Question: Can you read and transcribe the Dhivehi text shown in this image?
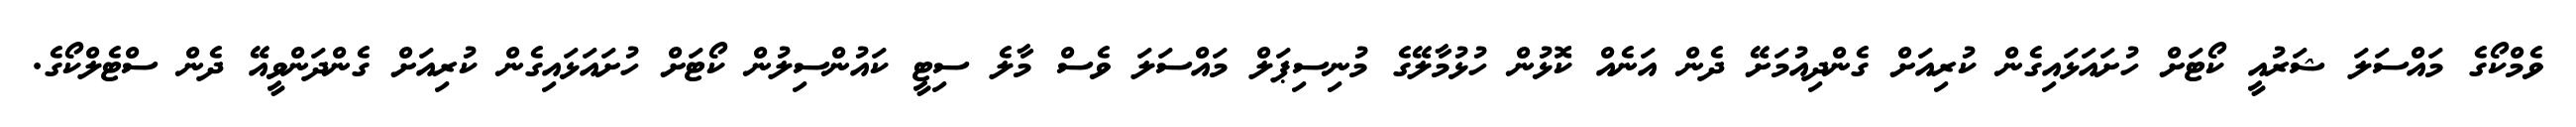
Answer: ވެމްކޯގެ މައްސަލަ ޝަރުއީ ކޯޓަށް ހުށައަޅައިގެން ކުރިއަށް ގެންދިއުމަށޭ ދެން އަނެއް ކޮޅުން ހުޅުމާލޭގެ މުނިސިޕަލް މައްސަލަ ވެސް މާލެ ސިޓީ ކައުންސިލުން ކޯޓަށް ހުށައަޅައިގެން ކުރިއަށް ގެންދަންވީއޭ ދެން ސްޓެލްކޯގެ.